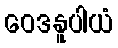
ဝေဒနူပါယံ